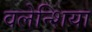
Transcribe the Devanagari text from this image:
वलेन्शिया